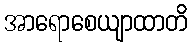
အာရောစေယျာထာတိ